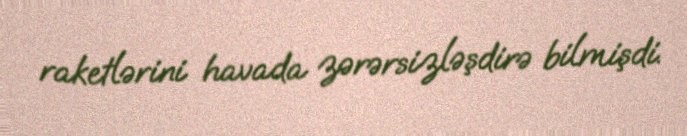
raketlərini havada zərərsizləşdirə bilmişdi.